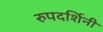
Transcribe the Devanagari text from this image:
रुपदर्शिनी